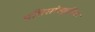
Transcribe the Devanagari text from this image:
प्रतिसांस्कृतिक